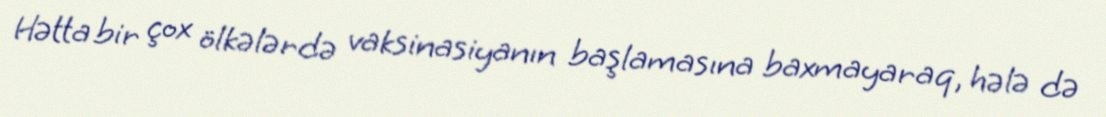
Hətta bir çox ölkələrdə vaksinasiyanın başlamasına baxmayaraq, hələ də